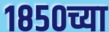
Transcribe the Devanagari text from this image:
१८५०च्या